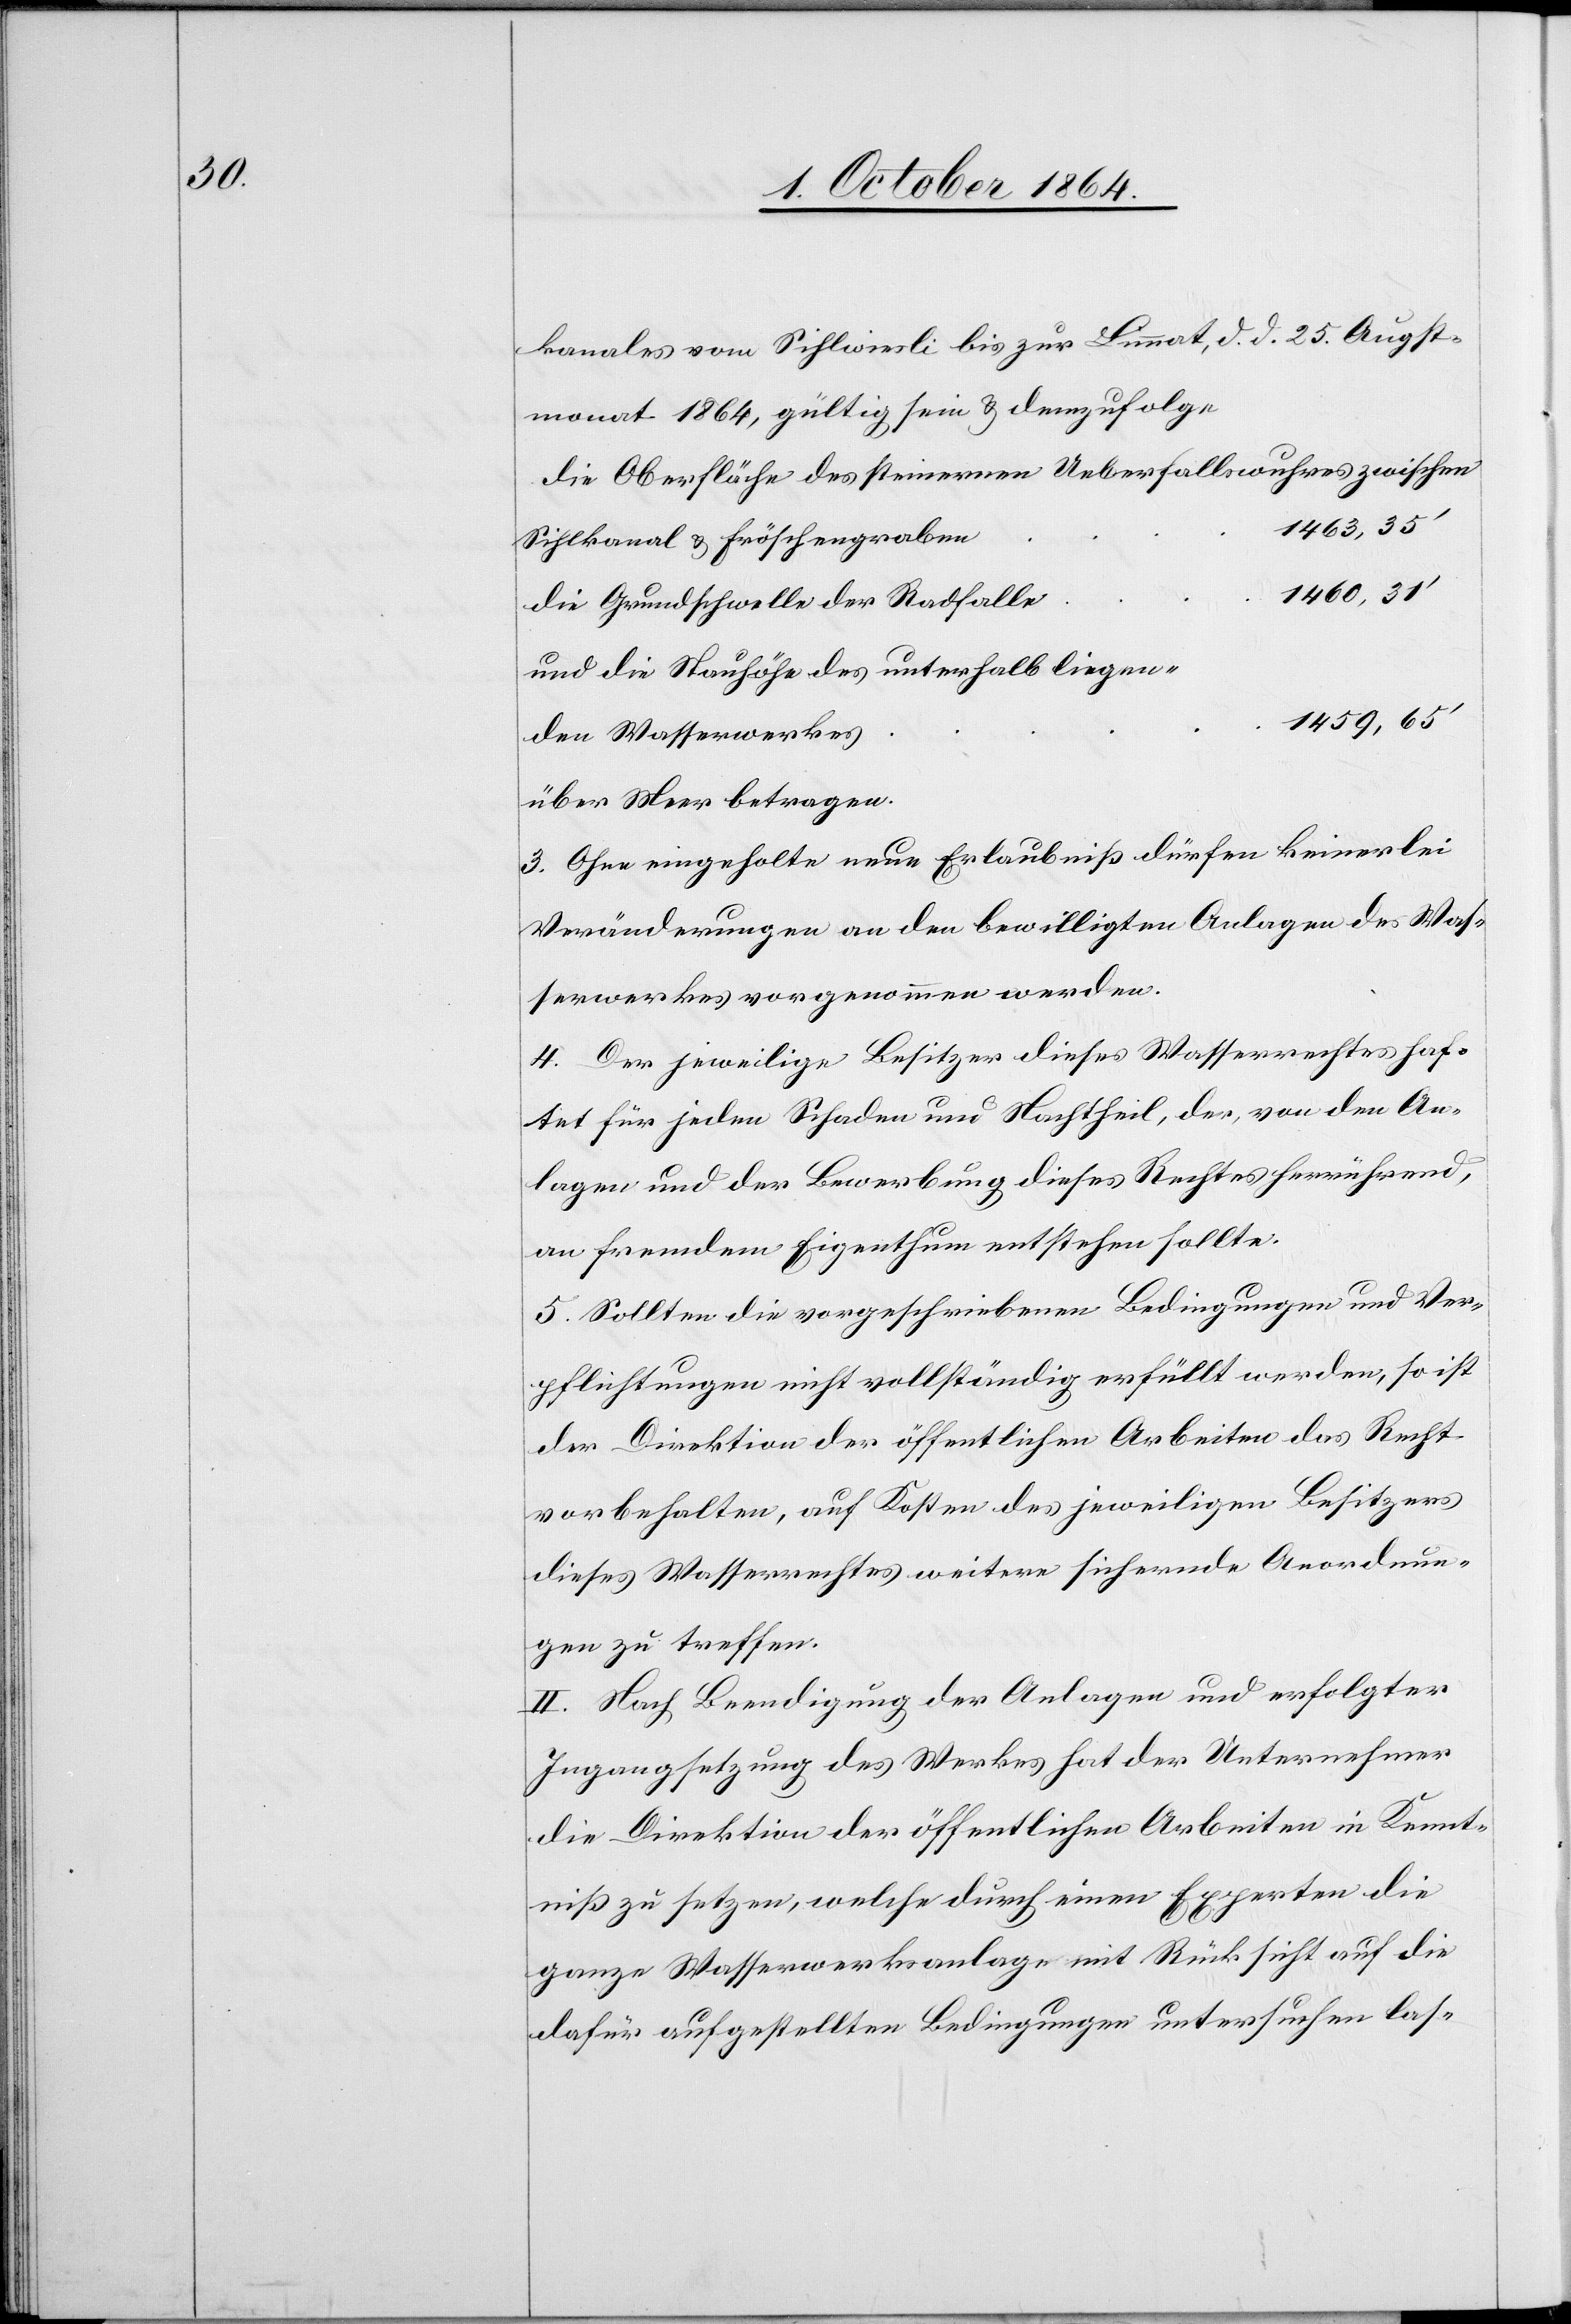
kanales vom Sihlwiesli bis zur Limmat, d. d. 25. Augst¬
monat 1864, gültig sein & demzufolge
die Oberfläche des steinernen Ueberfallswuhres zwischen
1 463, 35’
Sihlkanal & Fröschengraben
1 460, 31’
die Grundschwelle der Radfalle
und die Stauhöhe des unterhalb liegen¬
1 459, 65’
den Wasserwerkes
3. Ohne eingeholte neue Erlaubniß dürfen keinerlei
Veränderungen an den bewilligten Anlagen des Was¬
serwerkes vorgenommen werden.
4. Der jeweilige Besitzer dieses Wasserrechts haf¬
tet für jeden Schaden und Nachtheil, der, von den An¬
lagen und der Bewerbung dieses Rechtes herrührend,
an fremdem Eigenthum entstehen sollte.
5. Sollten die vorgeschriebenen Bedingungen und Ver¬
pflichtungen nicht vollständig erfüllt werden, so ist
der Direktion der öffentlichen Arbeiten das Recht
vorbehalten, auf Kosten des jeweiligen Besitzers
dieses Wasserrechtes weitere sichernde Anordnun¬
gen zu treffen.
II. Nach Beendigung der Anlagen und erfolgter
Ingangsetzung des Werkes hat der Unternehmer
die Direktion der öffentlichen Arbeiten in Kennt¬
niß zu setzen, welche durch einen Experten die
ganze Wasserwerksanlage mit Rücksicht auf die
dafür aufgestellten Bedingungen untersuchen las-